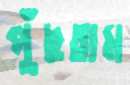
পুঁছতাম